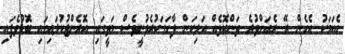
އެކަމަކު އެހެން ރޭ ރެއަށްވުރެ ތަންކޮޅެއް އަލިކަން ފާހަގަކުރެވުނީވެސް މަތީގައި އޮރެންޖުކުލައިގައި ބޮޑުވެފައި